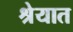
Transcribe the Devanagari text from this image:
श्रेयात